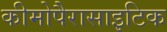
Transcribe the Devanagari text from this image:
कीमोपैरासाइटिक